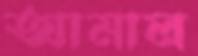
আমাল